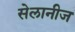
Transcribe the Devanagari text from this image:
सेलानीज